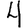
Digit: 4